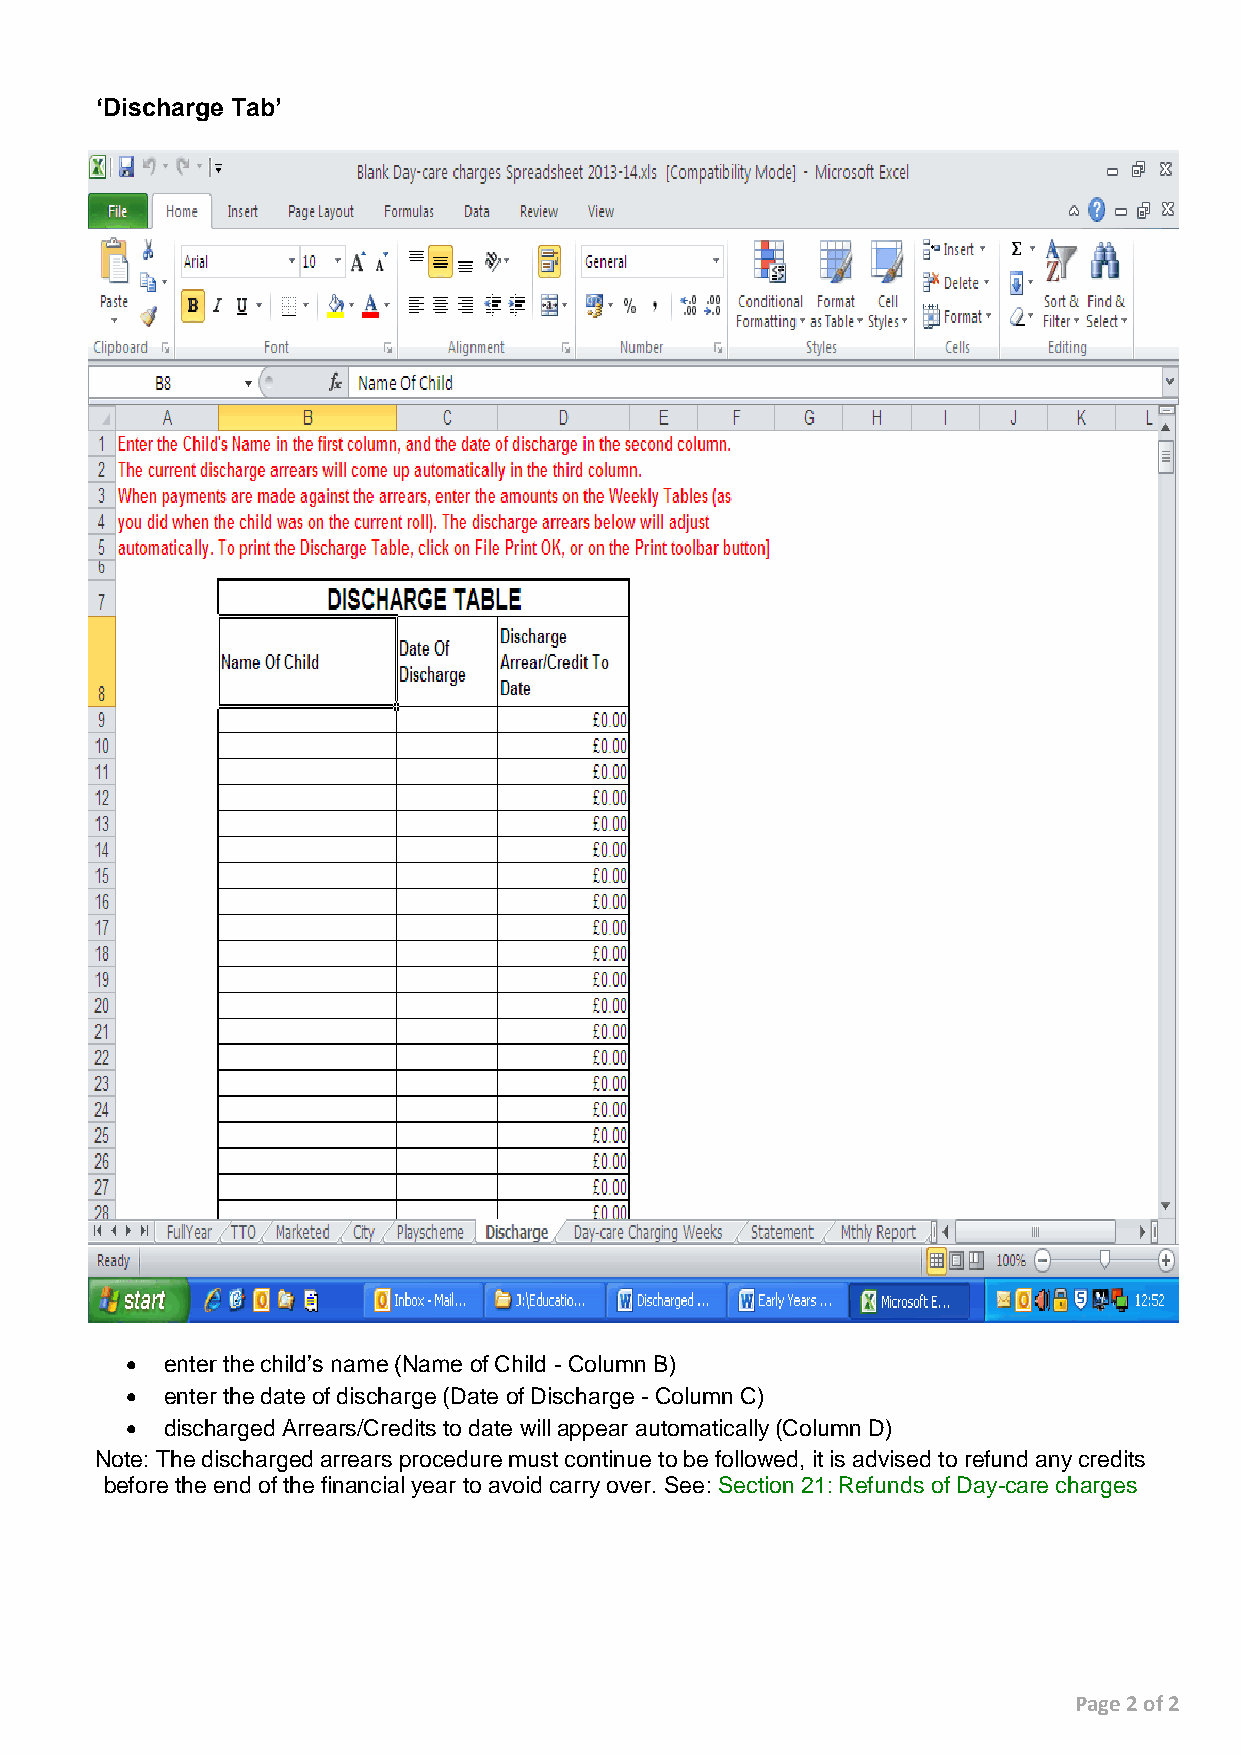
‘Discharge Tab’
   enter the child’s name (Name of Child - Column B)
   enter the date of discharge (Date of Discharge - Column C)
   discharged Arrears/Credits to date will appear automatically (Column D)
 Note: The discharged arrears procedure must continue to be followed, it is advised to refund any credits
 before the end of the financial year to avoid carry over. See: Section 21: Refunds of Day-care charges
 Page 2 of 2